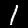
Digit: 1